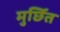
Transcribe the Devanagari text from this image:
मुर्छित